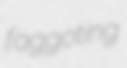
faggoting